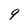
Character: 9